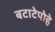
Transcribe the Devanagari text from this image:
बटाटेपोहे